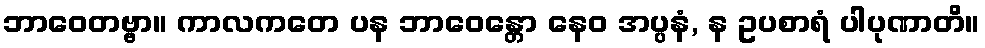
ဘာဝေတဗ္ဗာ။ ကာလကတေ ပန ဘာဝေန္တော နေဝ အပ္ပနံ, န ဥပစာရံ ပါပုဏာတိ။